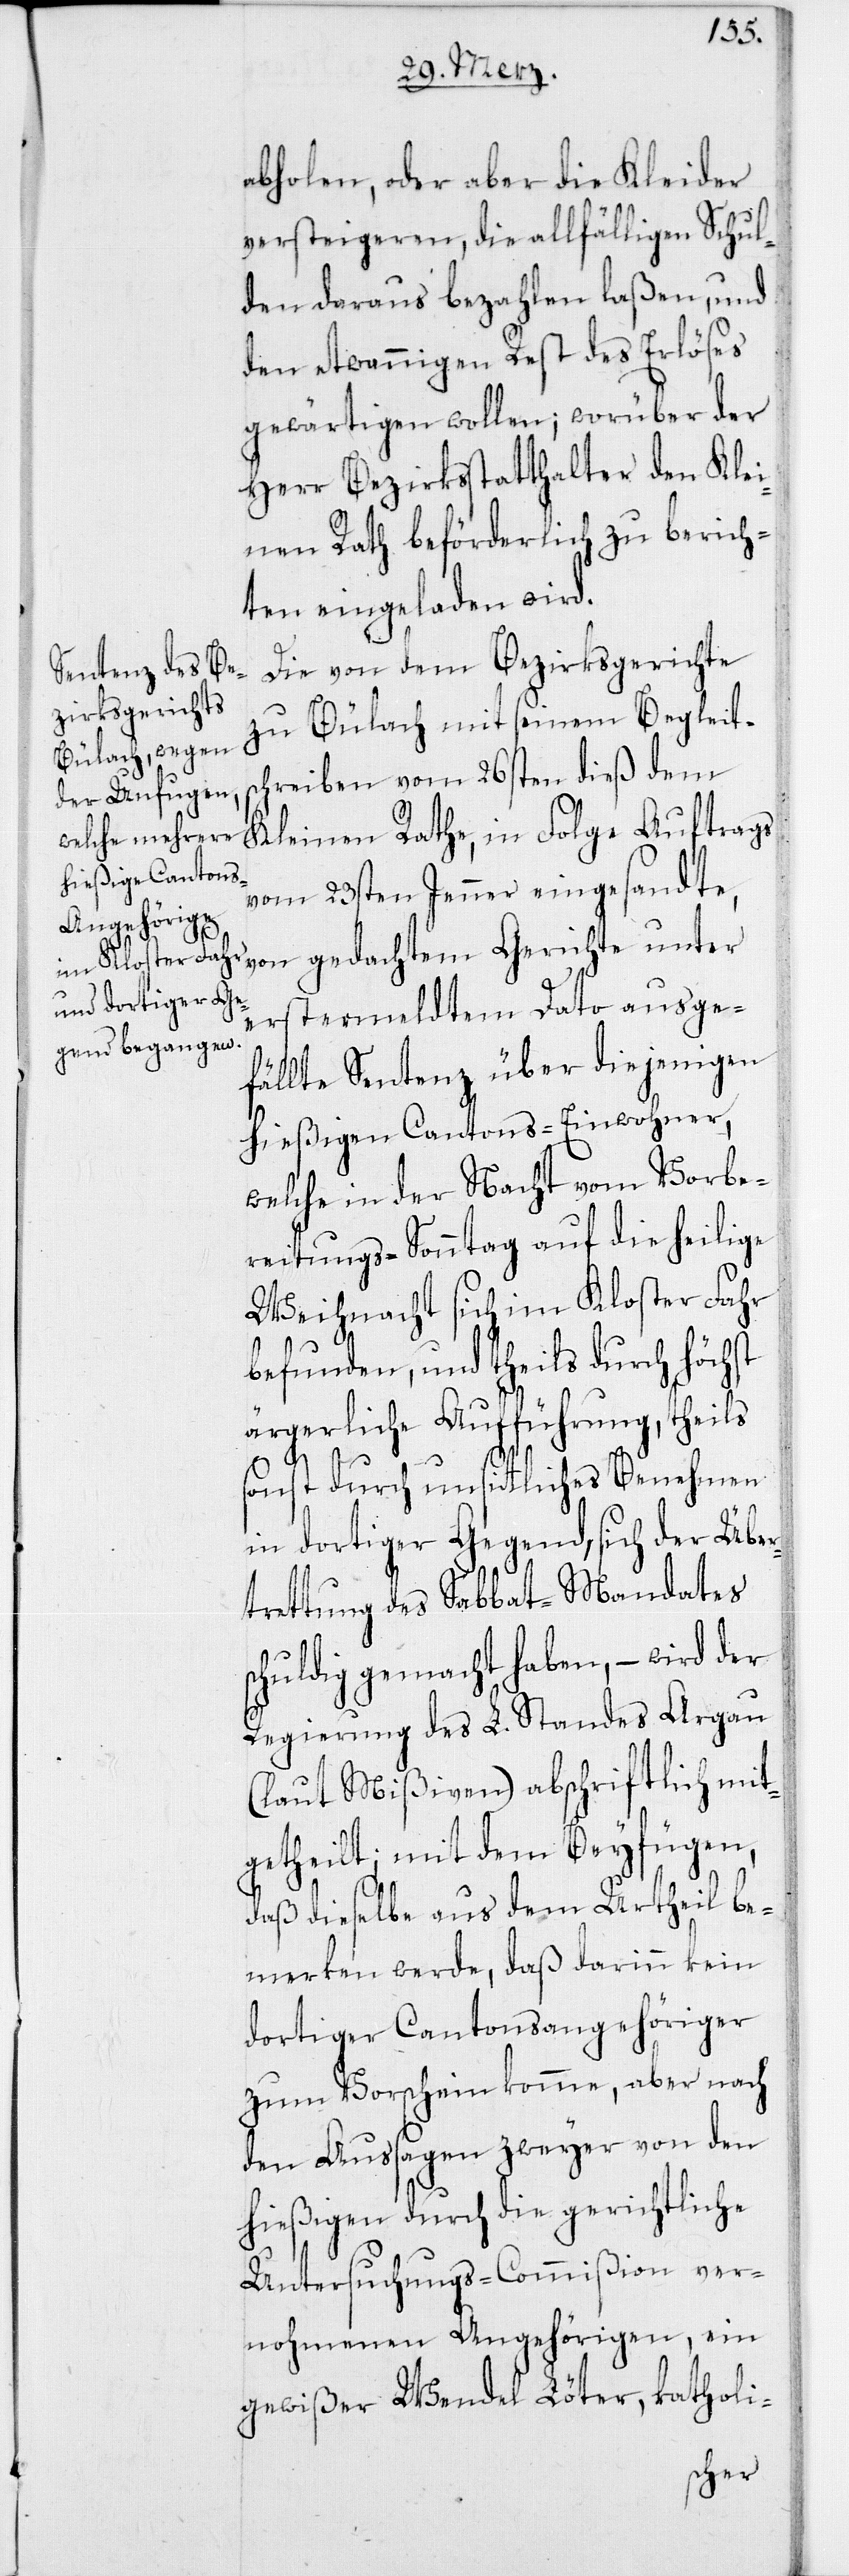
abholen, oder aber die Kleider
versteigeren, die allfälligen Schul¬
den daraus bezahlen laßen, und
den etwannigen Rest des Erlöses
gewärtigen wollen; worüber der
Herr Bezirksstatthalter den Klei¬
nen Rath beförderlich zu berich¬
ten eingeladen wird.
Die von dem Bezirksgerichte
zu Bülach mit seinem Begleit¬
schreiben vom 26sten dieß dem
Kleinen Rathe, in Folge Auftrags
vom 23sten Jenner eingesandte,
von gedachtem Gerichte unter
erstermeldtem Dato ausge¬
fällte Sentenz über diejenigen
hießigen Cantons-Einwohner,
welche in der Nacht vom Vorbe¬
reitungs-Sonntag auf die heilige
Weihnacht sich im Kloster Fahr
befunden, und theils durch höchst
ärgerliche Aufführung, theils
sonst durch unsittliches Benehmen
in dortiger Gegend, sich der Über¬
trettung des Sabbat-Mandates
schuldig gemacht haben, –wird der
Regierung des L. Standes Argau
(laut Mißiven) abschriftlich mit¬
getheilt; mit dem Beyfügen,
daß dieselbe aus dem Urtheil be¬
merken werde, daß darinn kein
dortiger Cantonsangehöriger
zum Vorschein komme, aber nach
den Aussagen zweyer von den
hießigen durch die gerichtliche
Untersuchungs-Commißion ver¬
nohmenen Angehörigen, ein
gewißer Wendel Löter, katholi-